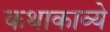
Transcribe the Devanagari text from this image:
कथाकाव्ये